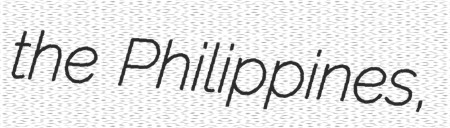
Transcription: the Philippines,